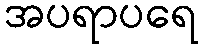
အပရာပရေ